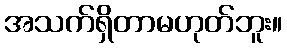
အသက်ရှိတာမဟုတ်ဘူး။